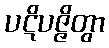
ပဋိပဇ္ဇိတွာ